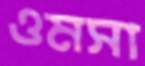
ওমসা